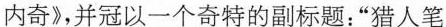
内奇》，并冠以一个奇特的副标题：”猎人笔